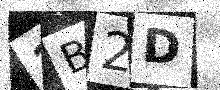
Text: 1B2D